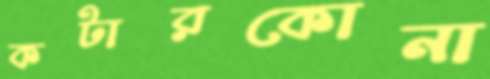
কটারকোনা